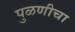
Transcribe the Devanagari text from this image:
पुळणीचा